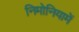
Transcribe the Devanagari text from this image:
निमोनियामें